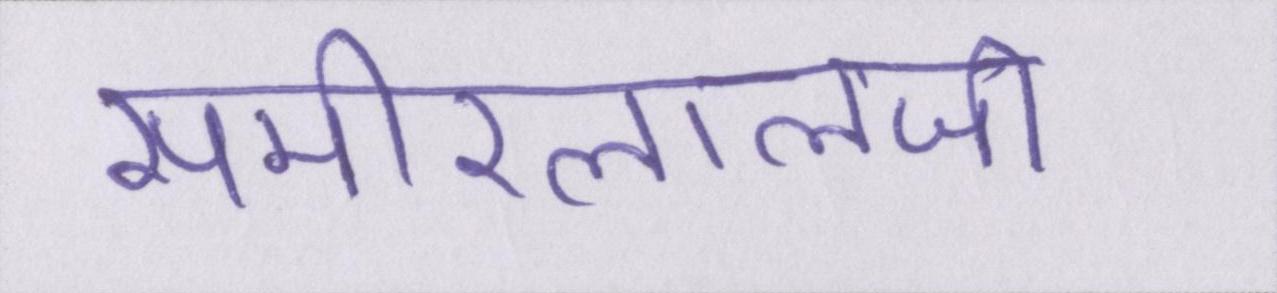
समीरलालजी